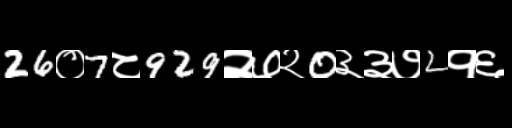
Text: 26०7८929२७२0३३७2१६